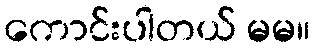
ကောင်းပါတယ် မမ။